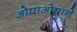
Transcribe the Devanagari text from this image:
ओघाओघाने